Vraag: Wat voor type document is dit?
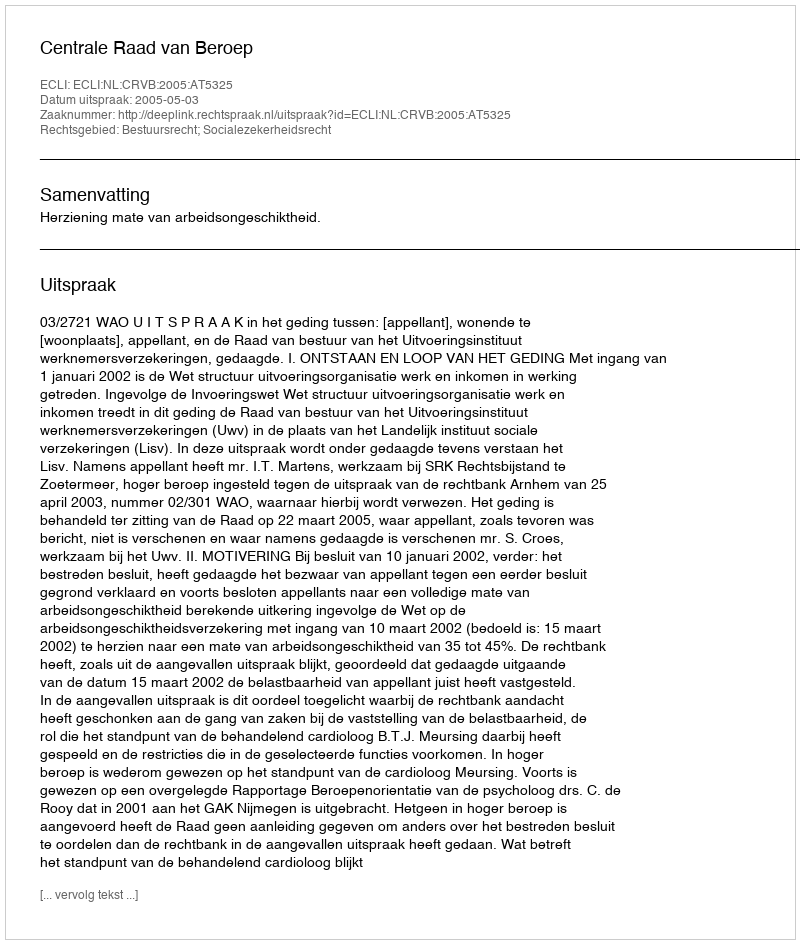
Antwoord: Uitspraak